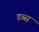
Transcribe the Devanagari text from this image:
डब्स